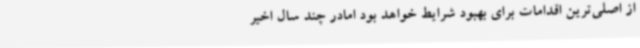
از اصلی‌ترین اقدامات برای بهبود شرایط خواهد بود امادر چند سال اخیر